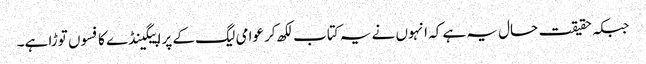
جبکہ حقیقت حال یہ ہے کہ انہوں نے یہ کتاب لکھ کر عوامی لیگ کے پراپیگینڈے کا فسوں توڑا ہے۔